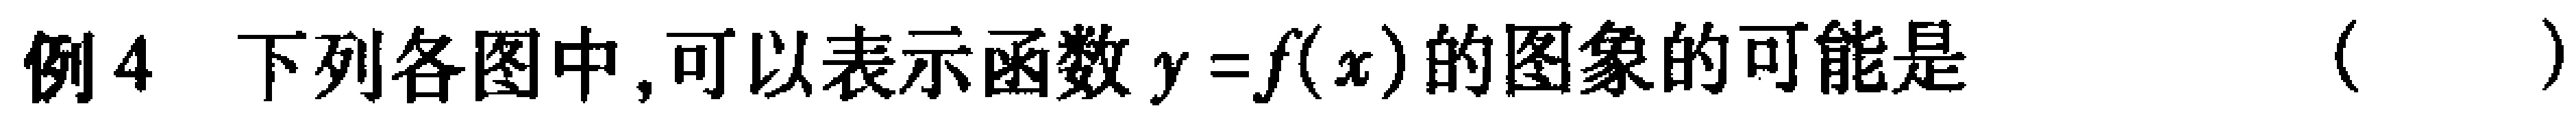
例4 下列各图中,可以表示函数$y = f(x)$的图象的可能是（  ）